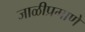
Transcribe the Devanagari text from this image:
जाळीप्रमाणे